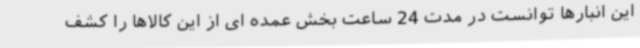
این انبارها توانست در مدت 24 ساعت بخش عمده ای از این کالاها را کشف